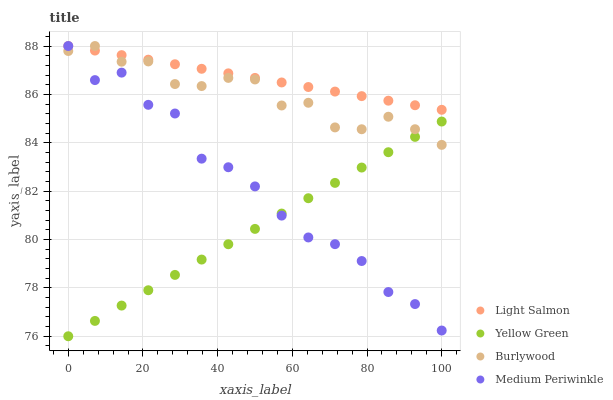
| xaxis_label | Light Salmon | Yellow Green | Burlywood | Medium Periwinkle |
 | --- | --- | --- | --- | --- |
 | 0 | 88 | 76 | 87.8 | 88 |
 | 7.14 | 87.8 | 76.6 | 88 | 86.6 |
 | 14.3 | 87.6 | 77.3 | 87.4 | 86.9 |
 | 21.4 | 87.4 | 77.9 | 87.4 | 85.6 |
 | 28.6 | 87.2 | 78.5 | 86.4 | 85.2 |
 | 35.7 | 87.1 | 79.2 | 86.3 | 83.3 |
 | 42.9 | 86.9 | 79.8 | 86.7 | 83 |
 | 50 | 86.7 | 80.4 | 86.6 | 82.2 |
 | 57.1 | 86.5 | 81.1 | 85.5 | 81 |
 | 64.3 | 86.3 | 81.7 | 85.7 | 80.1 |
 | 71.4 | 86.1 | 82.3 | 84.6 | 79.8 |
 | 78.6 | 85.9 | 83 | 84.6 | 79.1 |
 | 85.7 | 85.7 | 83.6 | 85.1 | 77.8 |
 | 92.9 | 85.6 | 84.2 | 84.6 | 77.3 |
 | 100 | 85.4 | 84.9 | 83.9 | 76.2 |